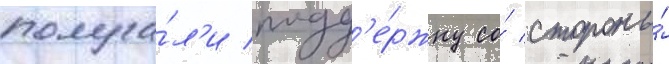
получа́л'и подд'е́ржку со́ стороны́